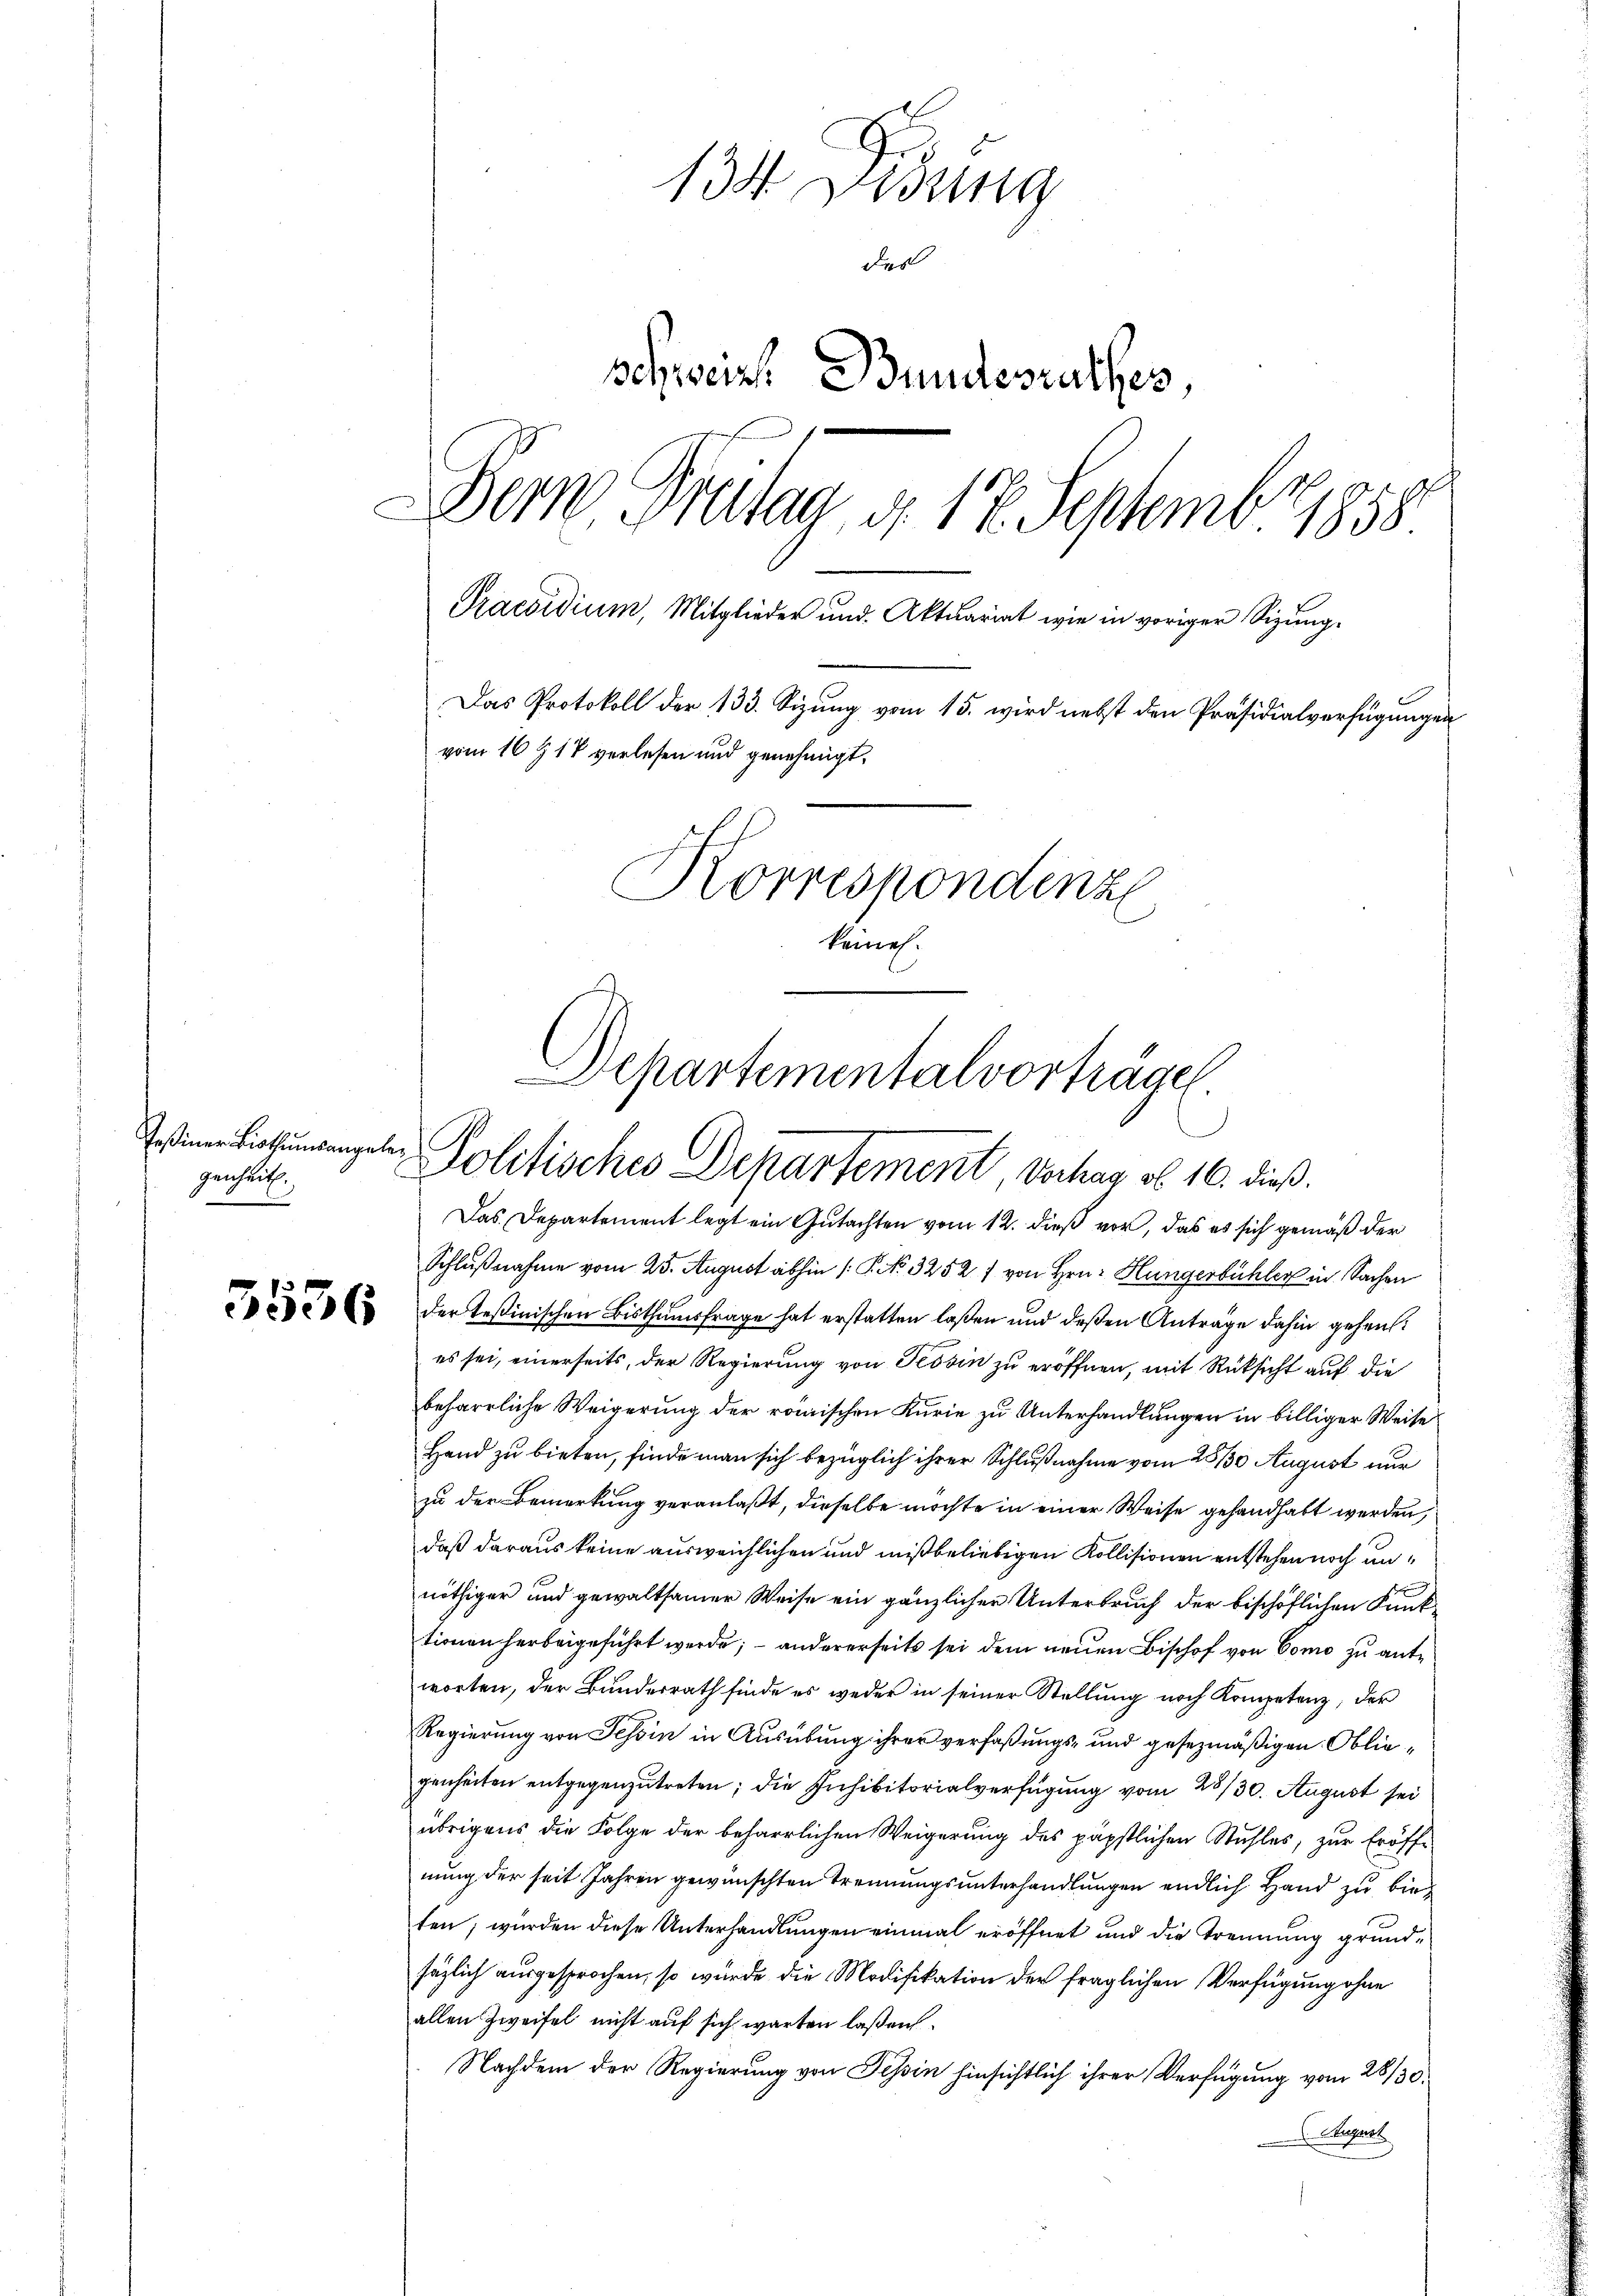
Teßiner Bisthumsangeler
genheit.

134. Didung
Fes
schweiz. Bundesrathes,
Dem Breitag, d. 17. Septembr 1858
Praesidium, Mitglieder und Aktuariat wie in voriger Sizung.
Das Protokoll der 133. Sizung vom 15. wird nebst den Präsidialverfügungen
vom 16 t 17 verlesen und genehmigt,
Korrespondenz
keinen.

Departementalvorträgen
Politisches Departement, Verhag ob. 16. dieß.

Das Departement legt ein Gutachten vom 12. dieß vor, das es sich gemäß der
Schlußnahme vom 25. August abhin /: P. No. 3252 f von Hrn. Hungerbüchler in Sachen
 der Teßinischen Bisthumsfrage hat erstatten laßen und deßen Antrage dahin gehent
es sei, einerseits, der Regierung von Tessin zu eröffnen, mit Rüksicht auf die
beharrliche Weigerung der römischen Kurie zu Unterhandlungen in billiger Weise
Hand zu bieten, finde man sich bezüglich ihrer Schlußnahme vom 28/30 August nur
zu der Bemerkung veranlaßt, dieselbe möchte in einer Weise gehandhabt werden,
daß daraus keine ausweichlichen und mißbeliebigen Kollisionen entstehen noch unnöthiger und gewaltsamer Weise ein gänzlicher Unterbruch der bischöflichen Funk-
tionen herbeigeführt werde; – andererseits sei dem neuen Bischof von Como zu antworten, der Bunderrath finde es weder in seiner Stellung noch Kompetenz, der
Regierung von Tessin in Ausübung ihrer verfaßungs- und gesezmäßigen Obliegenheiten entgegenzutreten; die Inhibitorialverfügung vom 28/30. August sei
übrigens die Folge der beharrlichen Weigerung des päpstlichen Stuhles, zur Eröffnung der seit Jahren gewünschten Trennungsunterhandlungen endlich Hand zu bieten; würden diese Unterhandlungen einmal eröffnet und die Trennung grundsäzlich ausgesprochen, so würde die Modifikation der fraglichen Verfügung ohne
allen Zweifel nicht auf sich warten laßen.
Nachdem der Regierung von Tessin hinsichtlich ihrer Verfügung vom 28/30.
E. August